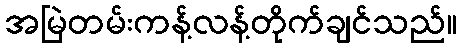
အမြဲတမ်းကန့်လန့်တိုက်ချင်သည်။